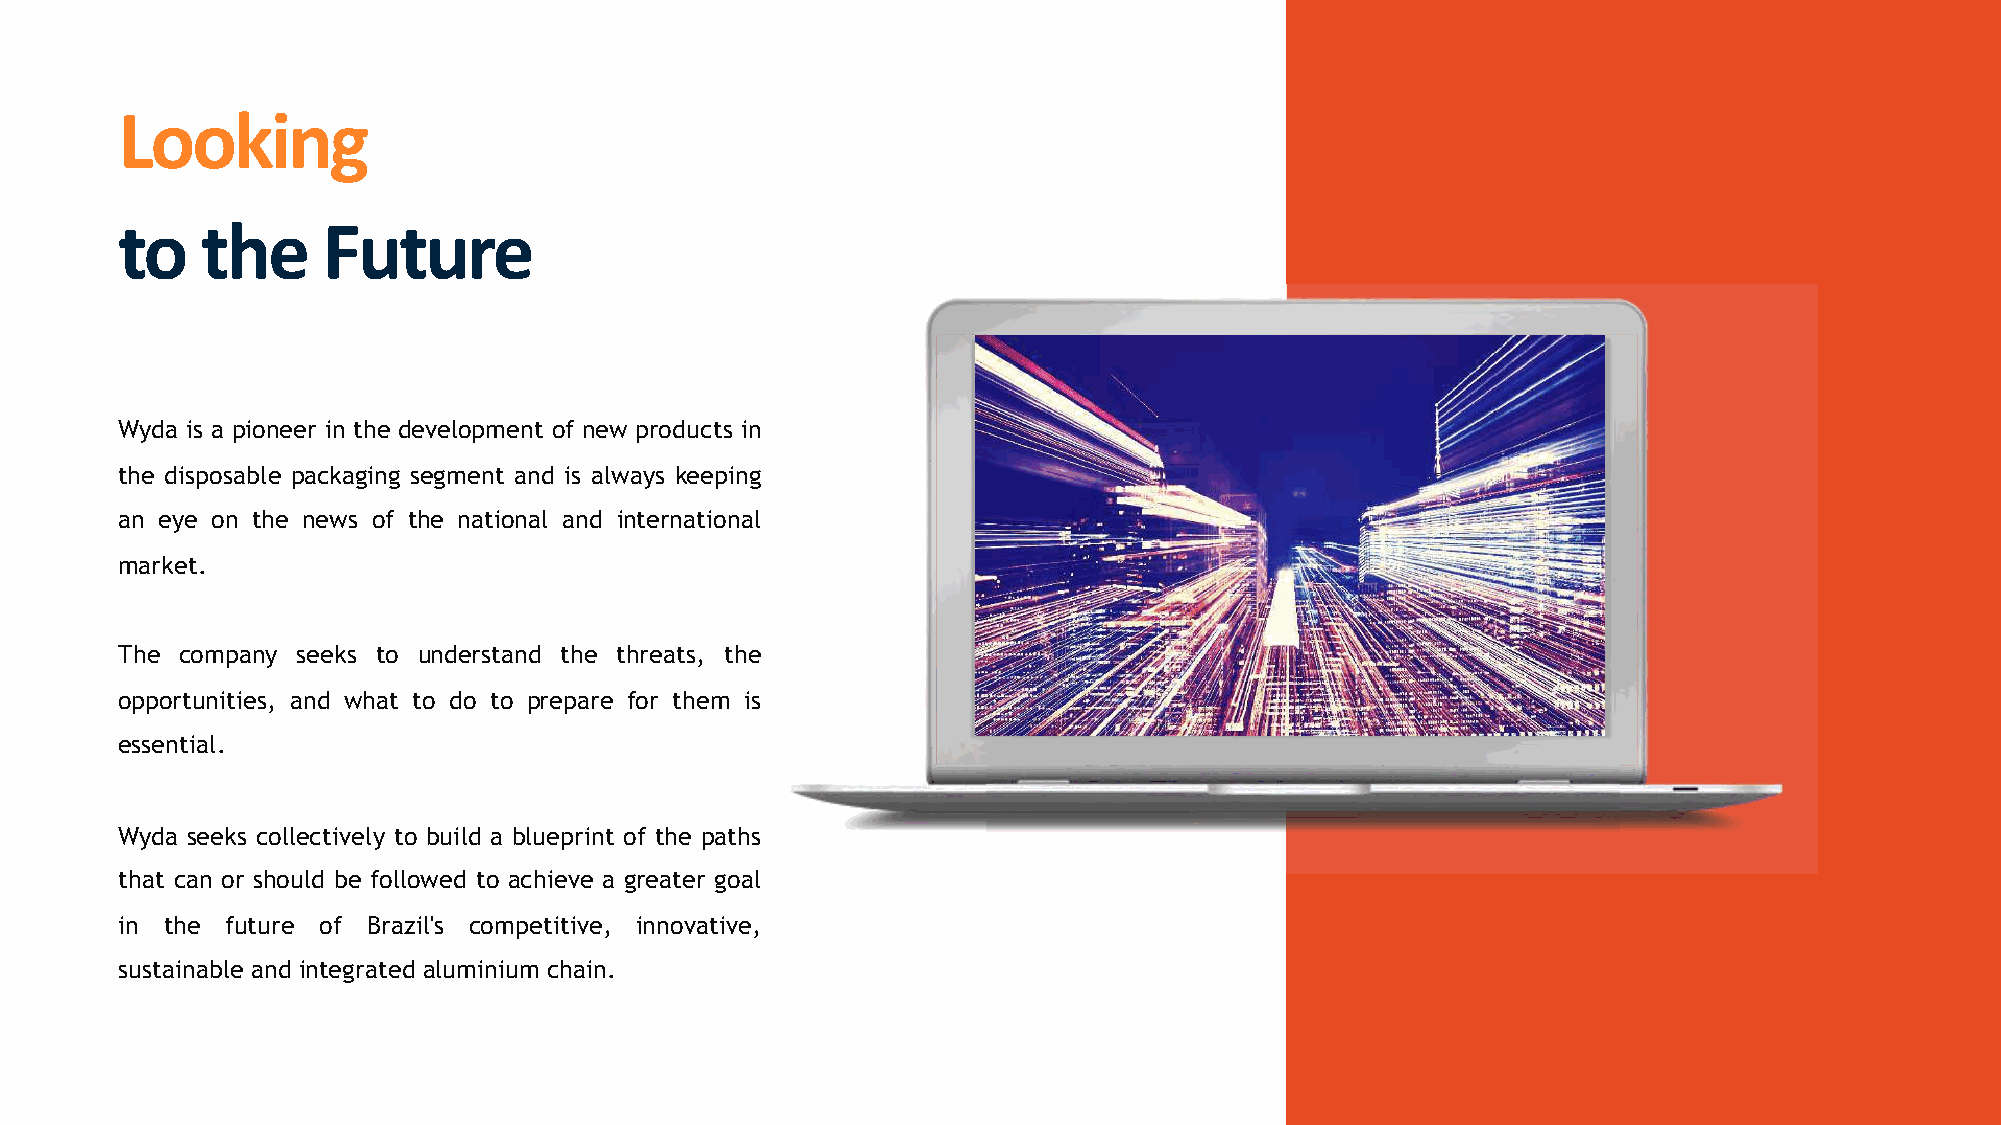
!""#$%&
 '"   '()     *+'+,)
 Wyda is a pioneer in the development of new products in
 the disposable packaging segment and is always keeping
 an eye on the news of the national and international
 market.
 The company seeks to understand the threats, the
 opportunities, and what to do to prepare for them is
 essential.
 Wyda seeks collectively to build a blueprint of the paths
 that can or should be followed to achieve a greater goal
 in the future of Brazil's competitive, innovative,
 sustainable and integrated aluminium chain.